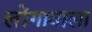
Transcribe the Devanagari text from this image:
लोंगावाला